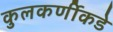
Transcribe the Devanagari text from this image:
कुलकर्णीकडे